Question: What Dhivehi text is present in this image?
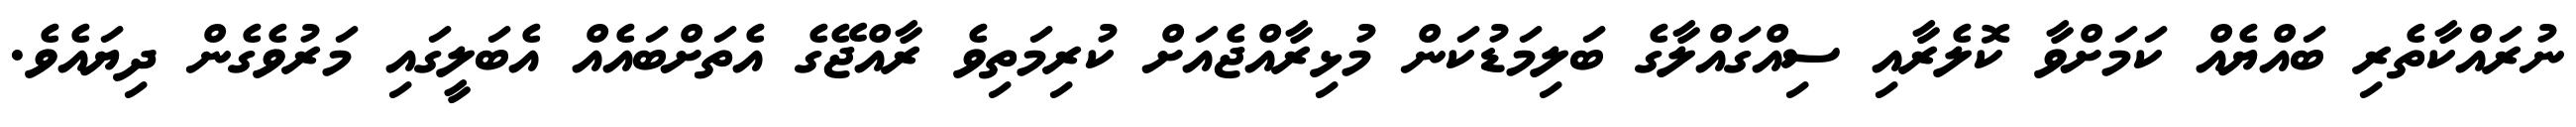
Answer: ނުރައްކާތެރި ބައްޔެއް ކަމަށްވާ ކޮލެރާއި ސިއްގައްލާގެ ބަލިމަޑުކަން މުޅިރާއްޖެއަށް ކުރިމަތިވެ ރާއްޖޭގެ އެތަށްބައެއް އެބަލީގައި މަރުވެގެން ދިޔައެވެ.